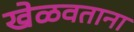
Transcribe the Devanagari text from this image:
खेळवताना